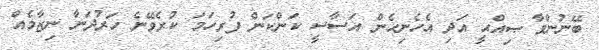
ބޭނުންވާ ޞިއްޙީ އަދި އެހެނިހެން އަސާސީ ކަންކަން ފުރިހަމަ ކުރެވޭނެ ހަރުދަނާ ނިޒާމެއް